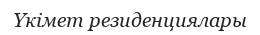
Үкімет резиденциялары